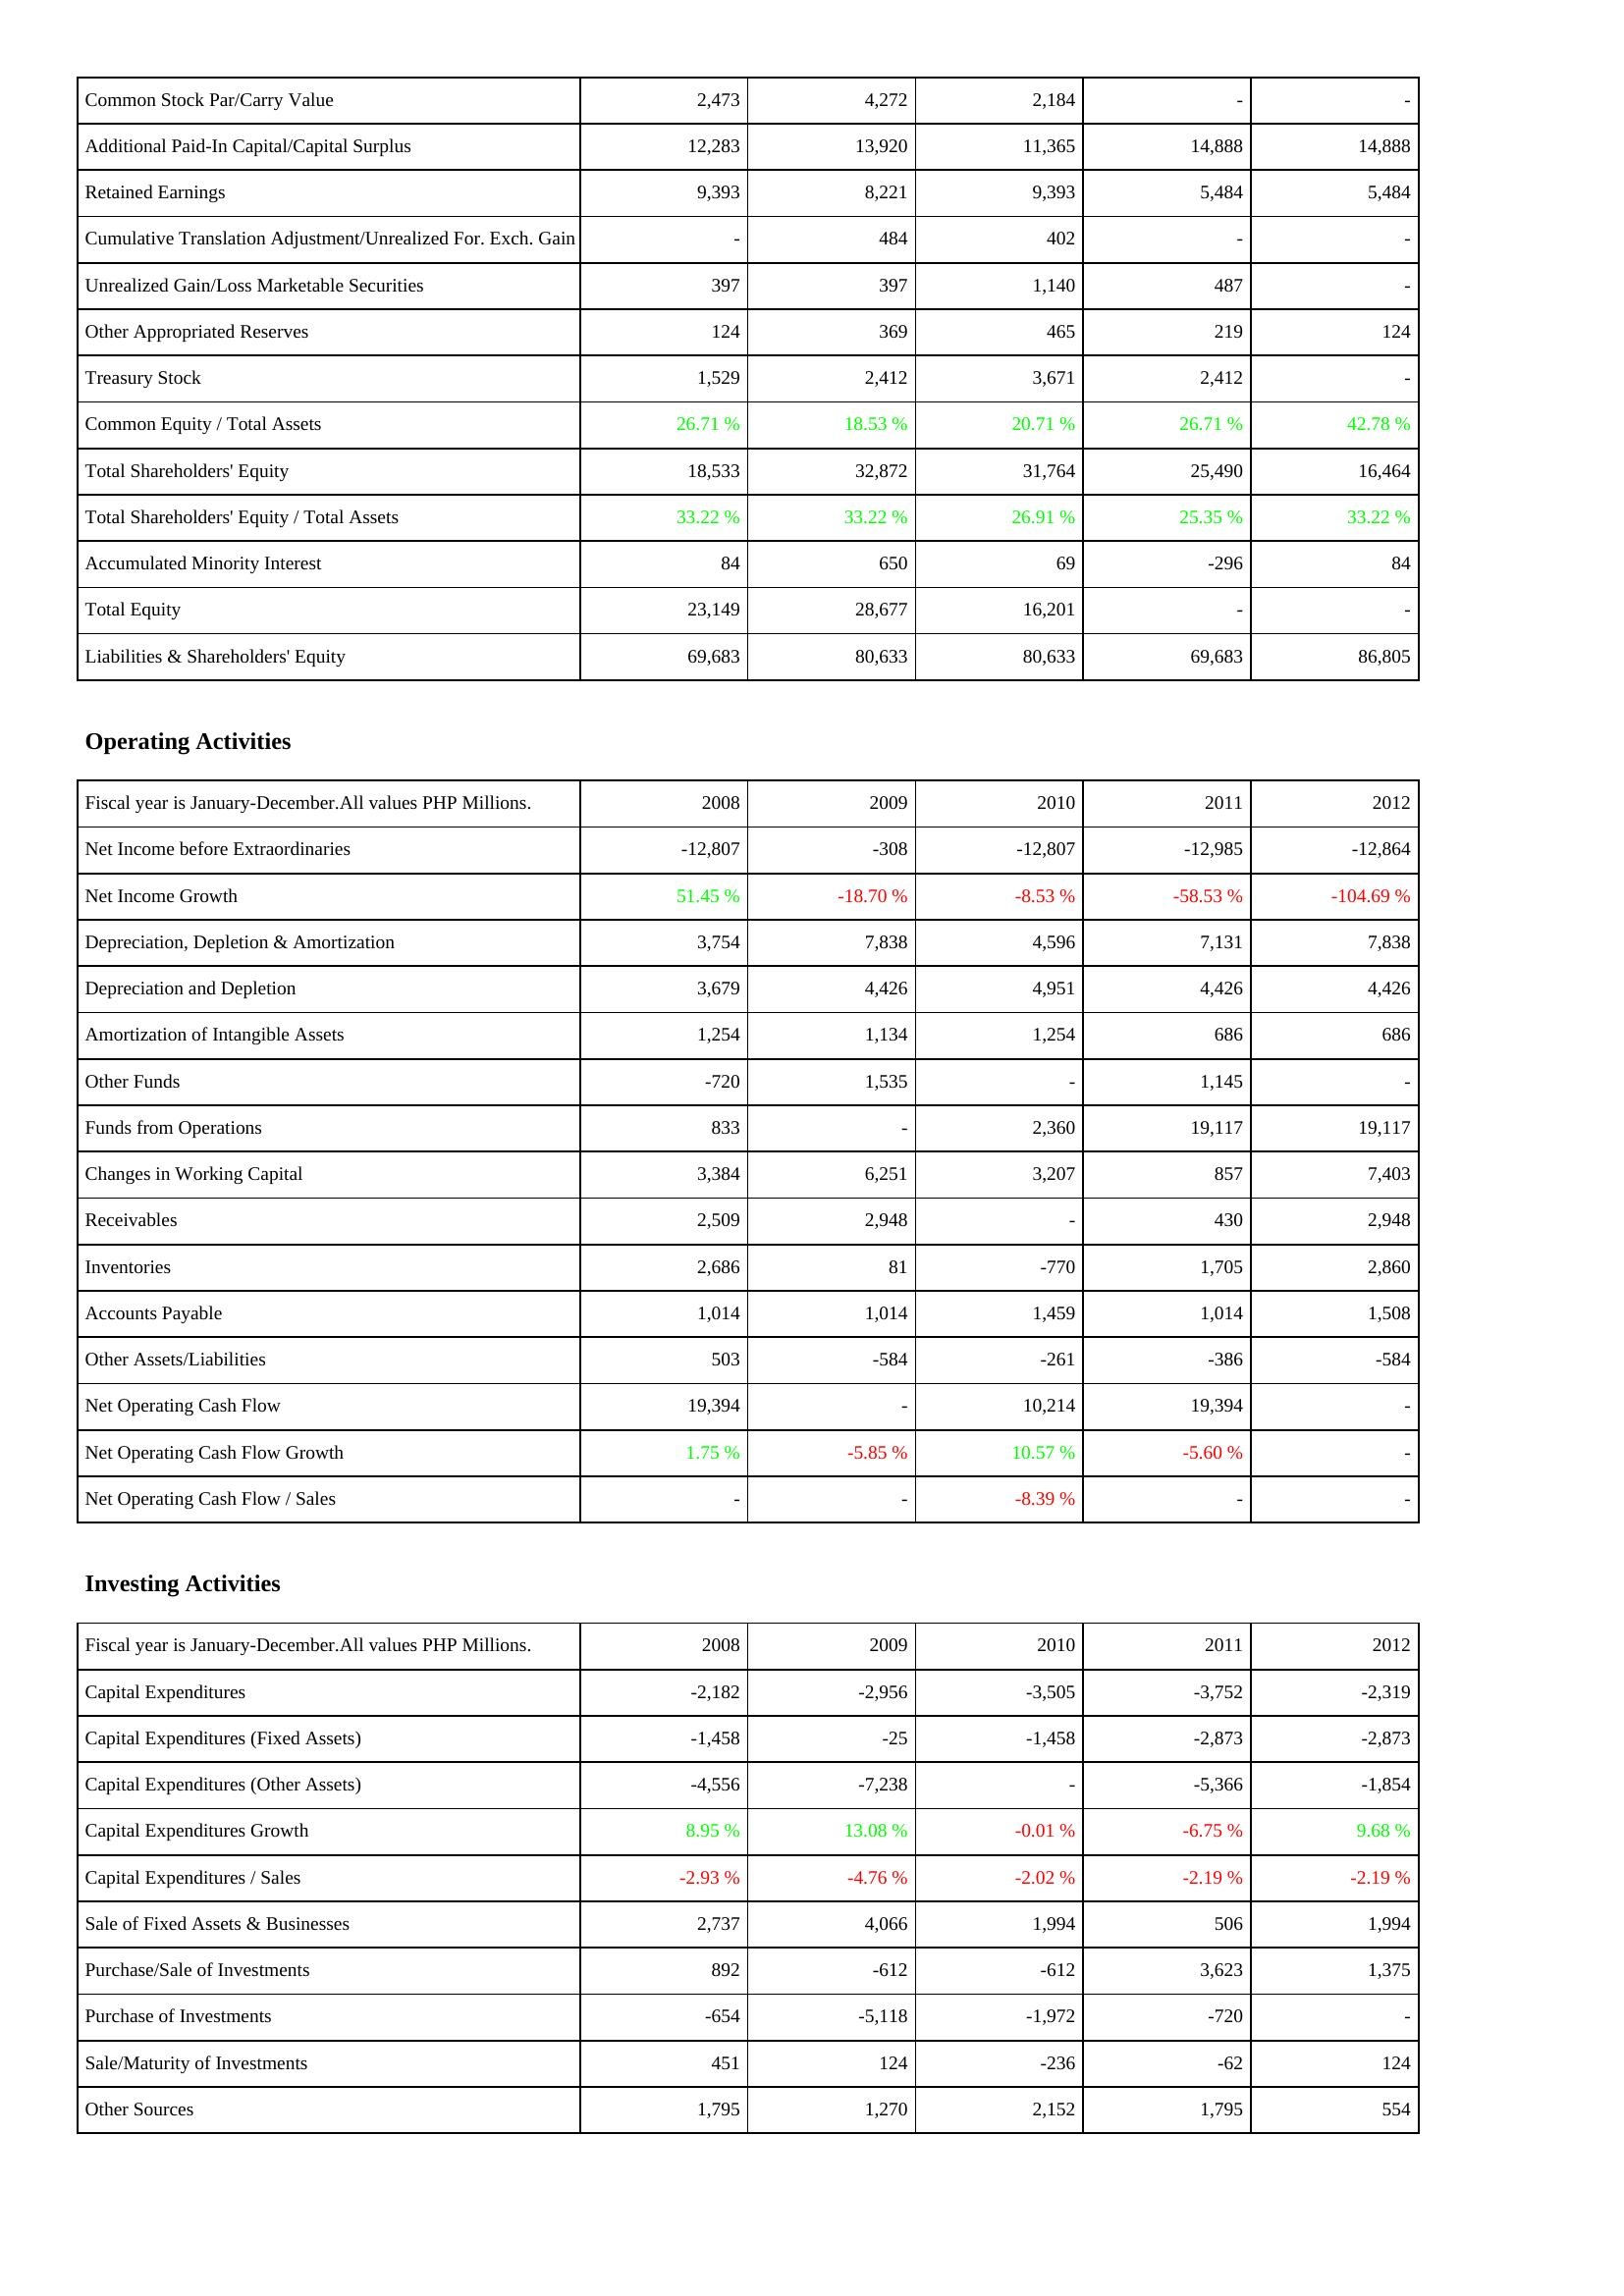
2008: Liabilities & Shareholders' Equity: Common Stock Par/Carry Value: 2,473
Additional Paid-In Capital/Capital Surplus: 12,283
Retained Earnings: 9,393
Cumulative Translation Adjustment/Unrealized For. Exch. Gain: -
Unrealized Gain/Loss Marketable Securities: 397
Other Appropriated Reserves: 124
Treasury Stock: 1,529
Common Equity / Total Assets: 26.71 %
Total Shareholders' Equity: 18,533
Total Shareholders' Equity / Total Assets: 33.22 %
Accumulated Minority Interest: 84
Total Equity: 23,149
Liabilities & Shareholders' Equity: 69,683
Operating Activities: Net Income before Extraordinaries: -12,807
Net Income Growth: 51.45 %
Depreciation, Depletion & Amortization: 3,754
Depreciation and Depletion: 3,679
Amortization of Intangible Assets: 1,254
Other Funds: -720
Funds from Operations: 833
Changes in Working Capital: 3,384
Receivables: 2,509
Inventories: 2,686
Accounts Payable: 1,014
Other Assets/Liabilities: 503
Net Operating Cash Flow: 19,394
Net Operating Cash Flow Growth: 1.75 %
Net Operating Cash Flow / Sales: -
Investing Activities: Capital Expenditures: -2,182
Capital Expenditures (Fixed Assets): -1,458
Capital Expenditures (Other Assets): -4,556
Capital Expenditures Growth: 8.95 %
Capital Expenditures / Sales: -2.93 %
Sale of Fixed Assets & Businesses: 2,737
Purchase/Sale of Investments: 892
Purchase of Investments: -654
Sale/Maturity of Investments: 451
Other Sources: 1,795
2009: Liabilities & Shareholders' Equity: Common Stock Par/Carry Value: 4,272
Additional Paid-In Capital/Capital Surplus: 13,920
Retained Earnings: 8,221
Cumulative Translation Adjustment/Unrealized For. Exch. Gain: 484
Unrealized Gain/Loss Marketable Securities: 397
Other Appropriated Reserves: 369
Treasury Stock: 2,412
Common Equity / Total Assets: 18.53 %
Total Shareholders' Equity: 32,872
Total Shareholders' Equity / Total Assets: 33.22 %
Accumulated Minority Interest: 650
Total Equity: 28,677
Liabilities & Shareholders' Equity: 80,633
Operating Activities: Net Income before Extraordinaries: -308
Net Income Growth: -18.70 %
Depreciation, Depletion & Amortization: 7,838
Depreciation and Depletion: 4,426
Amortization of Intangible Assets: 1,134
Other Funds: 1,535
Funds from Operations: -
Changes in Working Capital: 6,251
Receivables: 2,948
Inventories: 81
Accounts Payable: 1,014
Other Assets/Liabilities: -584
Net Operating Cash Flow: -
Net Operating Cash Flow Growth: -5.85 %
Net Operating Cash Flow / Sales: -
Investing Activities: Capital Expenditures: -2,956
Capital Expenditures (Fixed Assets): -25
Capital Expenditures (Other Assets): -7,238
Capital Expenditures Growth: 13.08 %
Capital Expenditures / Sales: -4.76 %
Sale of Fixed Assets & Businesses: 4,066
Purchase/Sale of Investments: -612
Purchase of Investments: -5,118
Sale/Maturity of Investments: 124
Other Sources: 1,270
2010: Liabilities & Shareholders' Equity: Common Stock Par/Carry Value: 2,184
Additional Paid-In Capital/Capital Surplus: 11,365
Retained Earnings: 9,393
Cumulative Translation Adjustment/Unrealized For. Exch. Gain: 402
Unrealized Gain/Loss Marketable Securities: 1,140
Other Appropriated Reserves: 465
Treasury Stock: 3,671
Common Equity / Total Assets: 20.71 %
Total Shareholders' Equity: 31,764
Total Shareholders' Equity / Total Assets: 26.91 %
Accumulated Minority Interest: 69
Total Equity: 16,201
Liabilities & Shareholders' Equity: 80,633
Operating Activities: Net Income before Extraordinaries: -12,807
Net Income Growth: -8.53 %
Depreciation, Depletion & Amortization: 4,596
Depreciation and Depletion: 4,951
Amortization of Intangible Assets: 1,254
Other Funds: -
Funds from Operations: 2,360
Changes in Working Capital: 3,207
Receivables: -
Inventories: -770
Accounts Payable: 1,459
Other Assets/Liabilities: -261
Net Operating Cash Flow: 10,214
Net Operating Cash Flow Growth: 10.57 %
Net Operating Cash Flow / Sales: -8.39 %
Investing Activities: Capital Expenditures: -3,505
Capital Expenditures (Fixed Assets): -1,458
Capital Expenditures (Other Assets): -
Capital Expenditures Growth: -0.01 %
Capital Expenditures / Sales: -2.02 %
Sale of Fixed Assets & Businesses: 1,994
Purchase/Sale of Investments: -612
Purchase of Investments: -1,972
Sale/Maturity of Investments: -236
Other Sources: 2,152
2011: Liabilities & Shareholders' Equity: Common Stock Par/Carry Value: -
Additional Paid-In Capital/Capital Surplus: 14,888
Retained Earnings: 5,484
Cumulative Translation Adjustment/Unrealized For. Exch. Gain: -
Unrealized Gain/Loss Marketable Securities: 487
Other Appropriated Reserves: 219
Treasury Stock: 2,412
Common Equity / Total Assets: 26.71 %
Total Shareholders' Equity: 25,490
Total Shareholders' Equity / Total Assets: 25.35 %
Accumulated Minority Interest: -296
Total Equity: -
Liabilities & Shareholders' Equity: 69,683
Operating Activities: Net Income before Extraordinaries: -12,985
Net Income Growth: -58.53 %
Depreciation, Depletion & Amortization: 7,131
Depreciation and Depletion: 4,426
Amortization of Intangible Assets: 686
Other Funds: 1,145
Funds from Operations: 19,117
Changes in Working Capital: 857
Receivables: 430
Inventories: 1,705
Accounts Payable: 1,014
Other Assets/Liabilities: -386
Net Operating Cash Flow: 19,394
Net Operating Cash Flow Growth: -5.60 %
Net Operating Cash Flow / Sales: -
Investing Activities: Capital Expenditures: -3,752
Capital Expenditures (Fixed Assets): -2,873
Capital Expenditures (Other Assets): -5,366
Capital Expenditures Growth: -6.75 %
Capital Expenditures / Sales: -2.19 %
Sale of Fixed Assets & Businesses: 506
Purchase/Sale of Investments: 3,623
Purchase of Investments: -720
Sale/Maturity of Investments: -62
Other Sources: 1,795
2012: Liabilities & Shareholders' Equity: Common Stock Par/Carry Value: -
Additional Paid-In Capital/Capital Surplus: 14,888
Retained Earnings: 5,484
Cumulative Translation Adjustment/Unrealized For. Exch. Gain: -
Unrealized Gain/Loss Marketable Securities: -
Other Appropriated Reserves: 124
Treasury Stock: -
Common Equity / Total Assets: 42.78 %
Total Shareholders' Equity: 16,464
Total Shareholders' Equity / Total Assets: 33.22 %
Accumulated Minority Interest: 84
Total Equity: -
Liabilities & Shareholders' Equity: 86,805
Operating Activities: Net Income before Extraordinaries: -12,864
Net Income Growth: -104.69 %
Depreciation, Depletion & Amortization: 7,838
Depreciation and Depletion: 4,426
Amortization of Intangible Assets: 686
Other Funds: -
Funds from Operations: 19,117
Changes in Working Capital: 7,403
Receivables: 2,948
Inventories: 2,860
Accounts Payable: 1,508
Other Assets/Liabilities: -584
Net Operating Cash Flow: -
Net Operating Cash Flow Growth: -
Net Operating Cash Flow / Sales: -
Investing Activities: Capital Expenditures: -2,319
Capital Expenditures (Fixed Assets): -2,873
Capital Expenditures (Other Assets): -1,854
Capital Expenditures Growth: 9.68 %
Capital Expenditures / Sales: -2.19 %
Sale of Fixed Assets & Businesses: 1,994
Purchase/Sale of Investments: 1,375
Purchase of Investments: -
Sale/Maturity of Investments: 124
Other Sources: 554